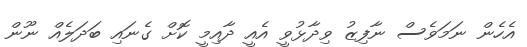
އެހެން ނަމަވެސް ނާފިޒު ވިދާޅުވީ އެއީ ދާއިމީ ކޮށް ގެނައި ބަދަލެއް ނޫން